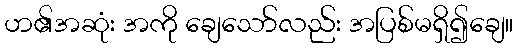
ဟ၏အဆုံး အကို ချေသော်လည်း အပြစ်မရှိ၍ချေ။